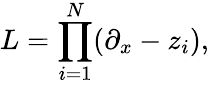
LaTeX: L=\prod_{i=1}^{N}(\partial_{x}-z_{i}),